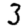
Digit: 3